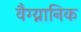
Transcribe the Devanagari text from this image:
वैग्य्नानिक